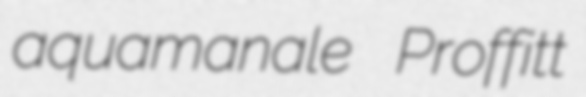
aquamanale Proffitt